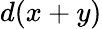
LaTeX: d(x+y)